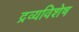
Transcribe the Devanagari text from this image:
द्रव्यविशेष